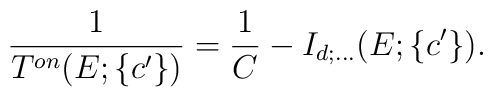
\displaystyle\frac{1}{T^{on}(E;\{c^{\prime}\})} = \displaystyle\frac{1}{C} -I_{d;\ldots}(E;\{c^{\prime}\}).